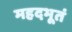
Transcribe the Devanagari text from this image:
महदभूतं